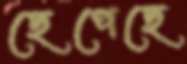
ছেপেছে